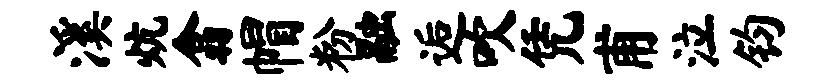
溪炕翕帽粉融逅吹凭甫泣钧